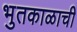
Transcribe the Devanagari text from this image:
भुतकाळाची